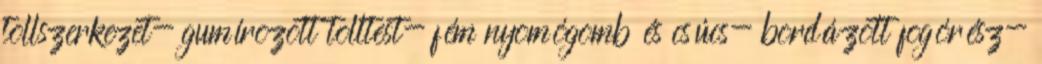
tollszerkezet- gumírozott tolltest- fém nyomógomb és csúcs- bordázott fogórész-